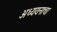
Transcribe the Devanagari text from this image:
अध्ययनाचा